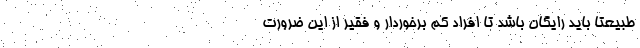
طبیعتاً باید رایگان باشد تا افراد کم برخوردار و فقیر از این ضرورت